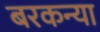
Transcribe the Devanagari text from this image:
बरकन्या